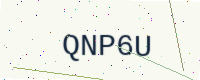
Text: QNP6U